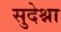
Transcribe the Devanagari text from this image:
सुदेश्ना